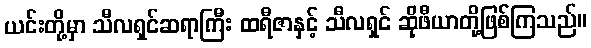
ယင်းတို့မှာ သီလရှင်ဆရာကြီး ထရီဇာနှင့် သီလရှင် ဆိုဖီယာတို့ဖြစ်ကြသည်။